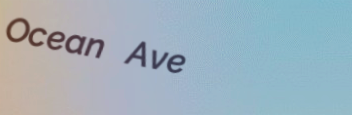
Ocean Ave